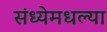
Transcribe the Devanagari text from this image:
संध्येमधल्या